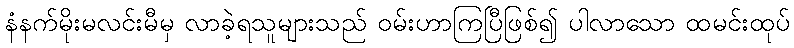
နံနက်မိုးမလင်းမီမှ လာခဲ့ရသူများသည် ဝမ်းဟာကြပြီဖြစ်၍ ပါလာသော ထမင်းထုပ်